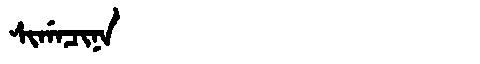
Manchu: ᠰᡳᡤᠠᠴᡳᠨᠠ
Romanization: SIGACINA